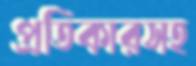
প্রতিকারসহ